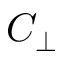
C _ { \perp }